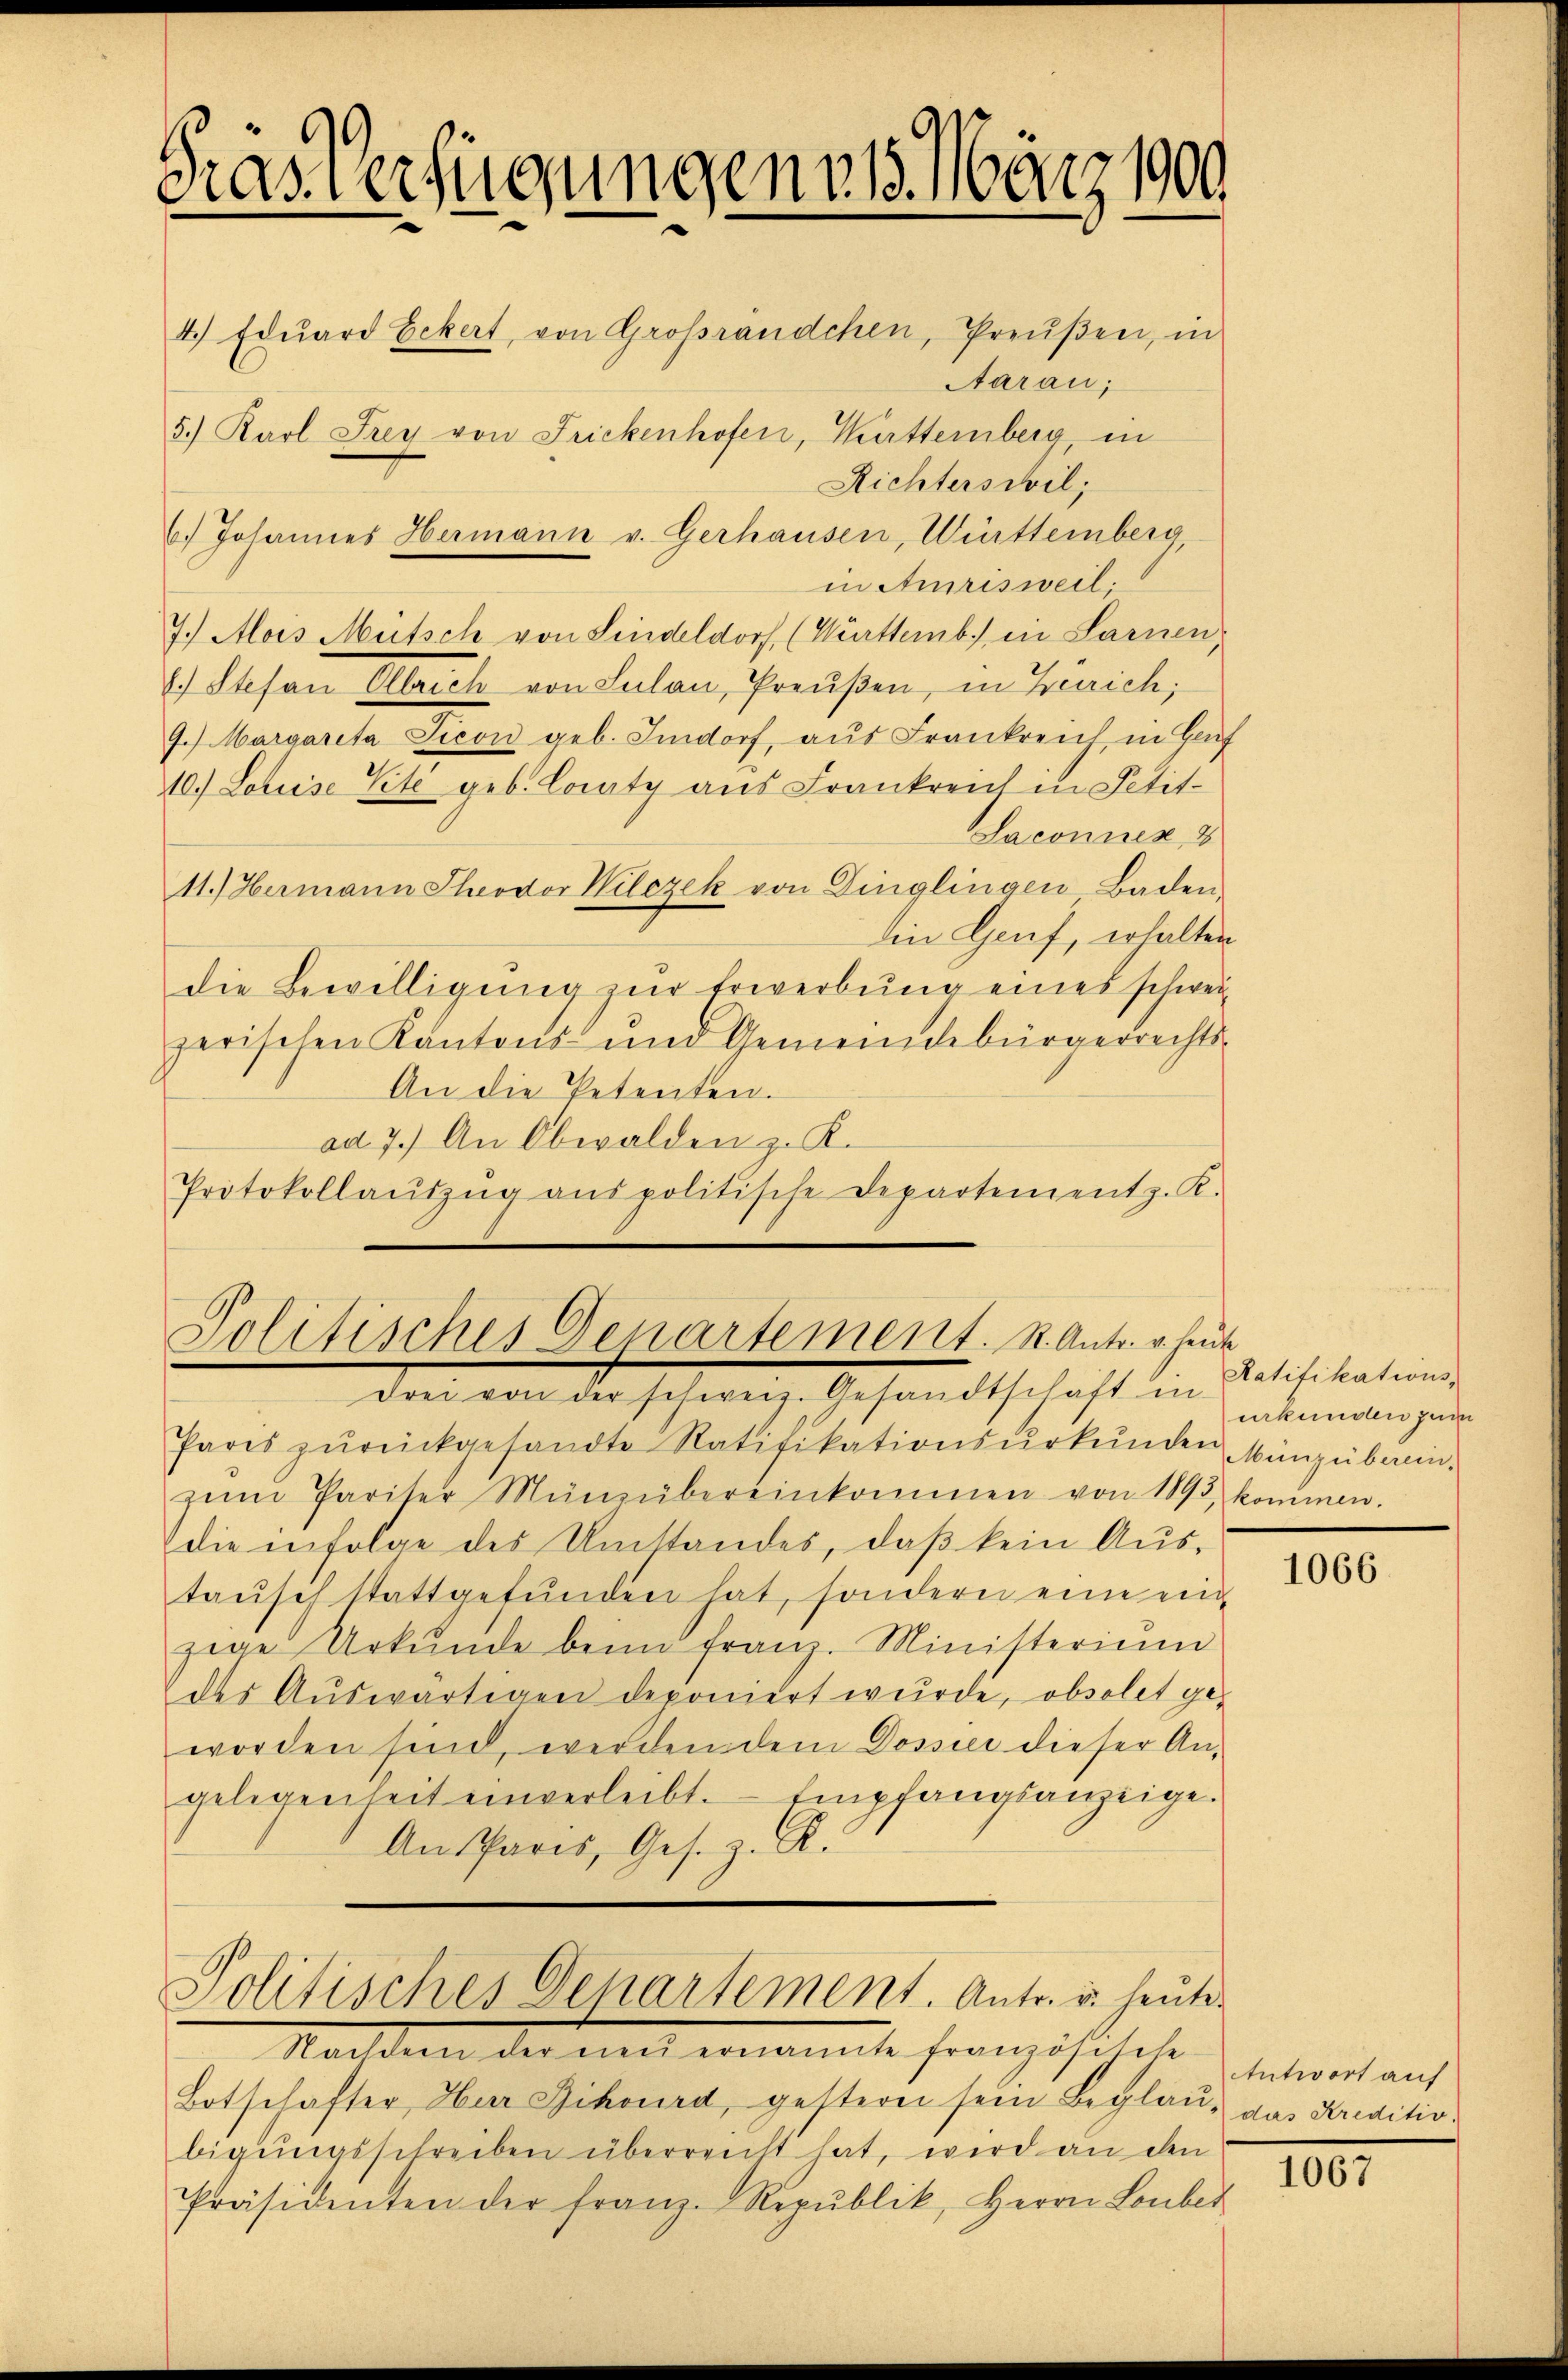
Gras Verfügungene 15. März 1900
4.) Edŭard Eckert, von Großrändchen, Preŭβen, in
Aarau;
5.) Karl Frey von Frickenhofen, Kutternberg, in
Richterschil;
6.) Johannes Hermann v. Gerhausen, Württemberg

in Amrisweil:
7.) Mois Mütsch von Lindeldorf (Württemb. in Sarnen,
8.) Stefan Ollrich von Sulan, Preußen, in Zürich;
9.) Margareta Picon geb. Imdorf, aŭs Frankreich in Haf
10.) Louise Vite geb. Coraty aus Frankreich in Petit-
Laconuen 8
11.) Hermann Theodor Wilczek von Dinglingen Baden.
die Genf, erhalten
die Bewilligung zur Erwerbung eines schweizerischen Kantons- und Gemeindebürgerrechts-
An die Petenten.
ad 7.) An Obwalden z. K.
Protokollaŭszŭg anspolitische Departement z. K.

Politisches Departement. S. Antr. v. heute
drei von der schweiz. Gesandtschaft in

Politisches Gehartement. Antr. u. heute

Paris zŭrückgesandte Ratifikationsŭrkŭnden Münzüben.
zŭm Pariter Münzübereinkommen von 1893, kommen.
die infolge des Umstandes, daß kein Austaŭsch stattgefŭnden hat, sondern eine einzige Urkŭnde beim franz. Ministerium
des Auswärtigen deponiert wurde, obsolet ge-
worden sind, werden dem Dossie dieser An-
gelegenheit einverleibt. Empfangsanzeige.
An Paris, Ges. z. R.

Stachten der nach ernannte Französische Entwort auf
Botschafter Herr Zihourd, gestern sein Beglau, das Kreditiv.
bigŭngsschreiben überreicht hat, wird an den
Präsidenten der Franz-Repŭblik, Herrn Lonber

Ratifikations-
urkunden zum

1066.

1067